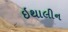
ઇથાલીન